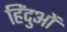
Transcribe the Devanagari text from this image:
हिंदुआें